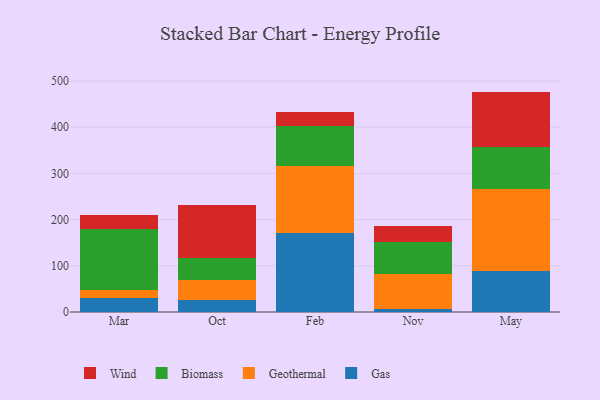
{"axis": {"x": "Month", "y": "Market Share (%)"}, "legend": ["Biomass", "Gas", "Geothermal", "Wind"], "data": [{"x": "Mar", "y": 30.6, "type": "Gas"}, {"x": "Mar", "y": 16.5, "type": "Geothermal"}, {"x": "Mar", "y": 132.6, "type": "Biomass"}, {"x": "Mar", "y": 29.8, "type": "Wind"}, {"x": "Oct", "y": 26.3, "type": "Gas"}, {"x": "Oct", "y": 43.7, "type": "Geothermal"}, {"x": "Oct", "y": 47.4, "type": "Biomass"}, {"x": "Oct", "y": 114.3, "type": "Wind"}, {"x": "Feb", "y": 170.1, "type": "Gas"}, {"x": "Feb", "y": 147.0, "type": "Geothermal"}, {"x": "Feb", "y": 86.0, "type": "Biomass"}, {"x": "Feb", "y": 30.9, "type": "Wind"}, {"x": "Nov", "y": 7.4, "type": "Gas"}, {"x": "Nov", "y": 74.6, "type": "Geothermal"}, {"x": "Nov", "y": 70.5, "type": "Biomass"}, {"x": "Nov", "y": 34.6, "type": "Wind"}, {"x": "May", "y": 88.2, "type": "Gas"}, {"x": "May", "y": 178.4, "type": "Geothermal"}, {"x": "May", "y": 89.8, "type": "Biomass"}, {"x": "May", "y": 120.7, "type": "Wind"}]}